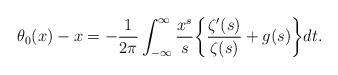
LaTeX: \begin{align*} \theta_0(x) - x = - \frac{1}{2\pi} \int_{-\infty}^{\infty} \frac{x^{s}}{s} \bigg\{ \frac{\zeta'(s)}{\zeta(s)} + g(s) \bigg\} dt.\end{align*}